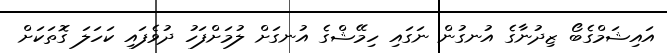
އައިޝަމްގެބޯ ޒިދުނާގެ އުނގުން ނަގައި ހިމޭޝްގެ އުނގަށް ލުމަށްފަހު ދުވެފައި ކަހަލަ ގޮތަކަށް